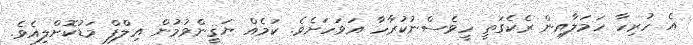
އެ ހުރިހާ ހަމަލާއިން ރެކެގަތީ ހީވެސްނުކުރާހާ އަވަހަށެވެ. ކަމެއް ޔަޤީންވުމުން އިލްފް މަޑުކޮށްލިއެވެ.